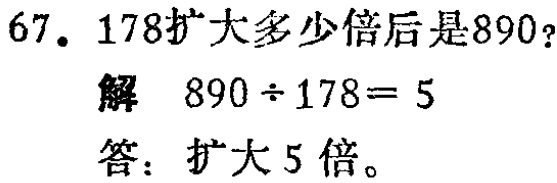
67. 178扩大多少倍后是890？

解 \(890\div178 = 5\)

答：扩大5倍。